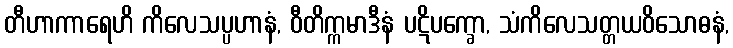
တီဟာကာရေဟိ ကိလေသပ္ပဟာနံ, ဝီတိက္ကမာဒီနံ ပဋိပက္ခော, သံကိလေသတ္တယဝိသောဓနံ,